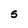
Character: s